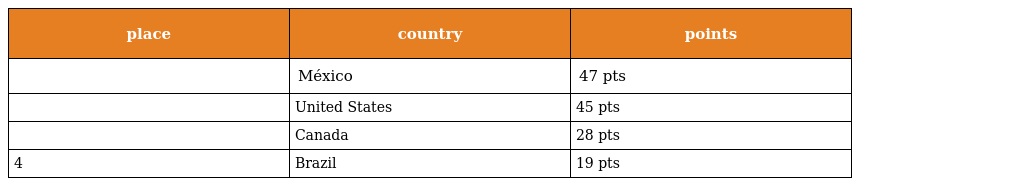
| place | country | points |
 | --- | --- | --- |
 |  | México | 47 pts |
 |  | United States | 45 pts |
 |  | Canada | 28 pts |
 | 4 | Brazil | 19 pts |